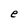
Character: e